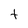
Character: t